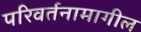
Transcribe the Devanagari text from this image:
परिवर्तनामागील